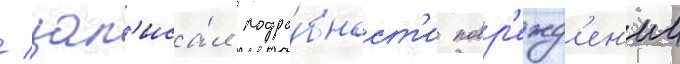
/ зап'иса́л подро́бност'и повр'ежд'ен'ии